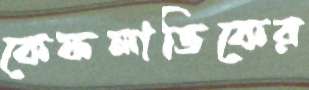
কেফলাভিকের